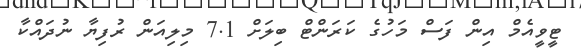
ޓީވީއެމް އިން ފަސް މަހުގެ ކަރަންޓް ބިލަށް 7.1 މިލިއަން ރުފިޔާ ނުދައްކާ